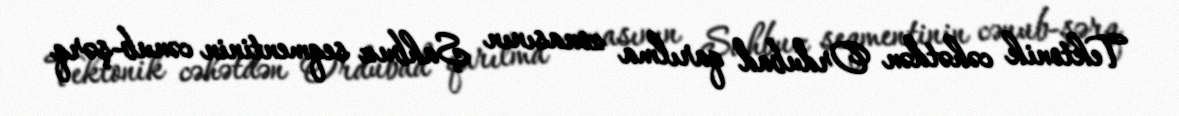
Tektonik cəhətdən Ordubad qarılma zonasının Şahbuz seqmentinin cənub-şərq